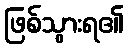
ဖြစ်သွားရ၏